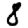
Digit: 8